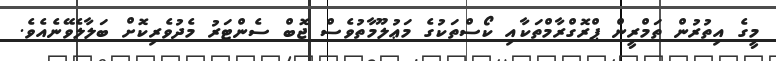
މީގެ އިތުރުން ތަމްރީން ޕްރޮގްރާމްތަކާއި ކޯސްތަކުގެ މަޢުލޫމާތުވެސް ޖޮބް ސެންޓަރު މެދުވެރިކޮށް ބަލާލެވޭނެއެވެ.